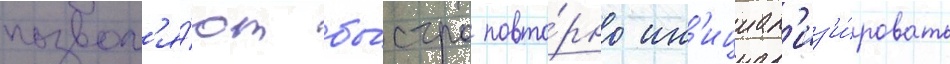
позвол'я́ют бы́стро повто́рно ин'ициал'из'и́ровать